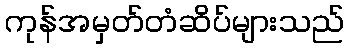
ကုန်အမှတ်တံဆိပ်များသည်